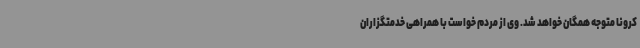
کرونا متوجه همگان خواهد شد. وی از مردم خواست با همراهی خدمتگزاران